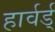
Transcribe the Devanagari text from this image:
हार्वर्ड्